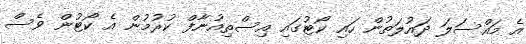
އެ މައްސަލަ ދައުލަތުން ހައި ކޯޓުގައި އިސްތިއުނާފް ކުރުމުން އެ ކޯޓުން ވެސް